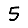
Digit: 5